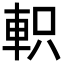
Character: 軹